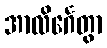
အာလိင်္ဂေတွာ